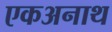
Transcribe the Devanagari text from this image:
एकअनाथ